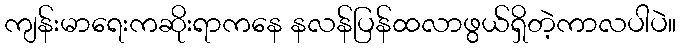
ကျန်းမာရေးကဆိုးရာကနေ နလန်ပြန်ထလာဖွယ်ရှိတဲ့ကာလပါပဲ။